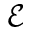
\mathcal { E }